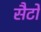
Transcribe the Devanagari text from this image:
सैटो